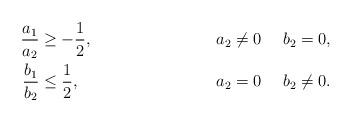
LaTeX: \begin{align*}\frac{a_1}{a_2}&\geq -\frac{1}{2}, &\ \ a_2\neq 0\ \ \ \ b_2=0, \\\frac{b_1}{b_2}&\leq \frac{1}{2}, &\ \ a_2=0\ \ \ \ b_2\neq0.\end{align*}